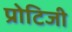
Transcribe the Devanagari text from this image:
प्रोटिजी